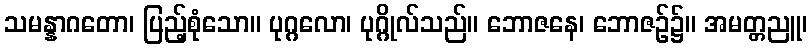
သမန္နာဂတော၊ ပြည့်စုံသော။ ပုဂ္ဂလော၊ ပုဂ္ဂိုလ်သည်။ ဘောဇနေ၊ ဘောဇဉ်၌။ အမတ္တညူ၊